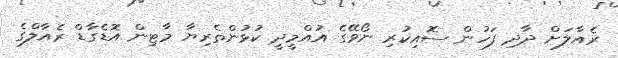
ރެއާލަށް ދާދި ފަހުން ސޮއިކުރި ނޯވޭގެ އުއްމީދީ ކުޅުންތެރިޔާ މާޓިން އޮޑެގާޑް ރެއާލްގެ